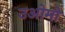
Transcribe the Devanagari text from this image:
उओमो